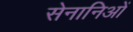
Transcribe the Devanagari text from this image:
सेनानिओं